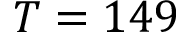
T = 1 4 9